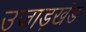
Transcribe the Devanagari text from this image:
उजाड़खंड